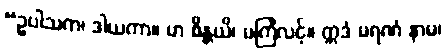
“ဥပါသက၊ ဒါယကာ။ မာ စိန္တယိ၊ မကြံလင့်။ ဣဒံ မရဏံ နာမ၊